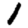
Digit: 1